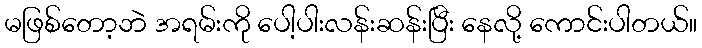
မဖြစ်တော့ဘဲ အရမ်းကို ပေါ့ပါးလန်းဆန်းပြီး နေလို့ ကောင်းပါတယ်။